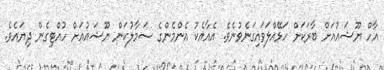
އާހް ޔޫޝައުއަށް ބާރަކަށް ހަޅޭއްލަވައިގަނެވުނެވެ. އެއާއެކު އެންމެންގެ ސަމާލުކަން ޔޫޝައުއަށް ހުއްޓިގެން ދިޔައެވެ.